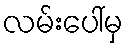
လမ်းပေါ်မှ